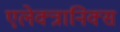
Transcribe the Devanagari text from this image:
एलेक्त्रानिक्स